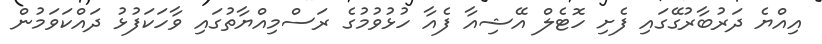
އިއްޔެ ދަރުބާރުގޭގައި ފެށި ހޮޓެލް އޭޝިއާ ފެއާ ހުޅުވުމުގެ ރަސްމިއްޔާތުގައި ވާހަކަފުޅު ދައްކަވަމުން